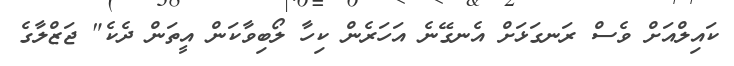
ކައިލްއަށް ވެސް ރަނގަޅަށް އެނގޭނެ އަހަރެން ކިހާ ލޯބިވާކަން އީތަން ދެކެ" ޖަޒްލާގެ